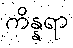
ကိန္နရာ